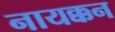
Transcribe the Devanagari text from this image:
नायक्कन